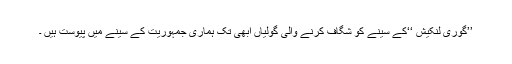
’’گوری لنکیش ‘‘کے سینے کو شگاف کرنے والی گولیاں ابھی تک ہماری جمہوریت کے سینے میں پیوست ہیں ۔